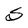
Character: S